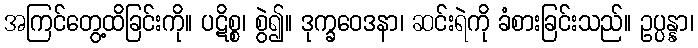
အကြင်တွေ့ထိခြင်းကို။ ပဋိစ္စ၊ စွဲ၍။ ဒုက္ခဝေဒနာ၊ ဆင်းရဲကို ခံစားခြင်းသည်။ ဥပ္ပန္နာ၊